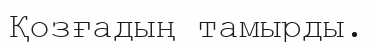
Қозғадың тамырды.